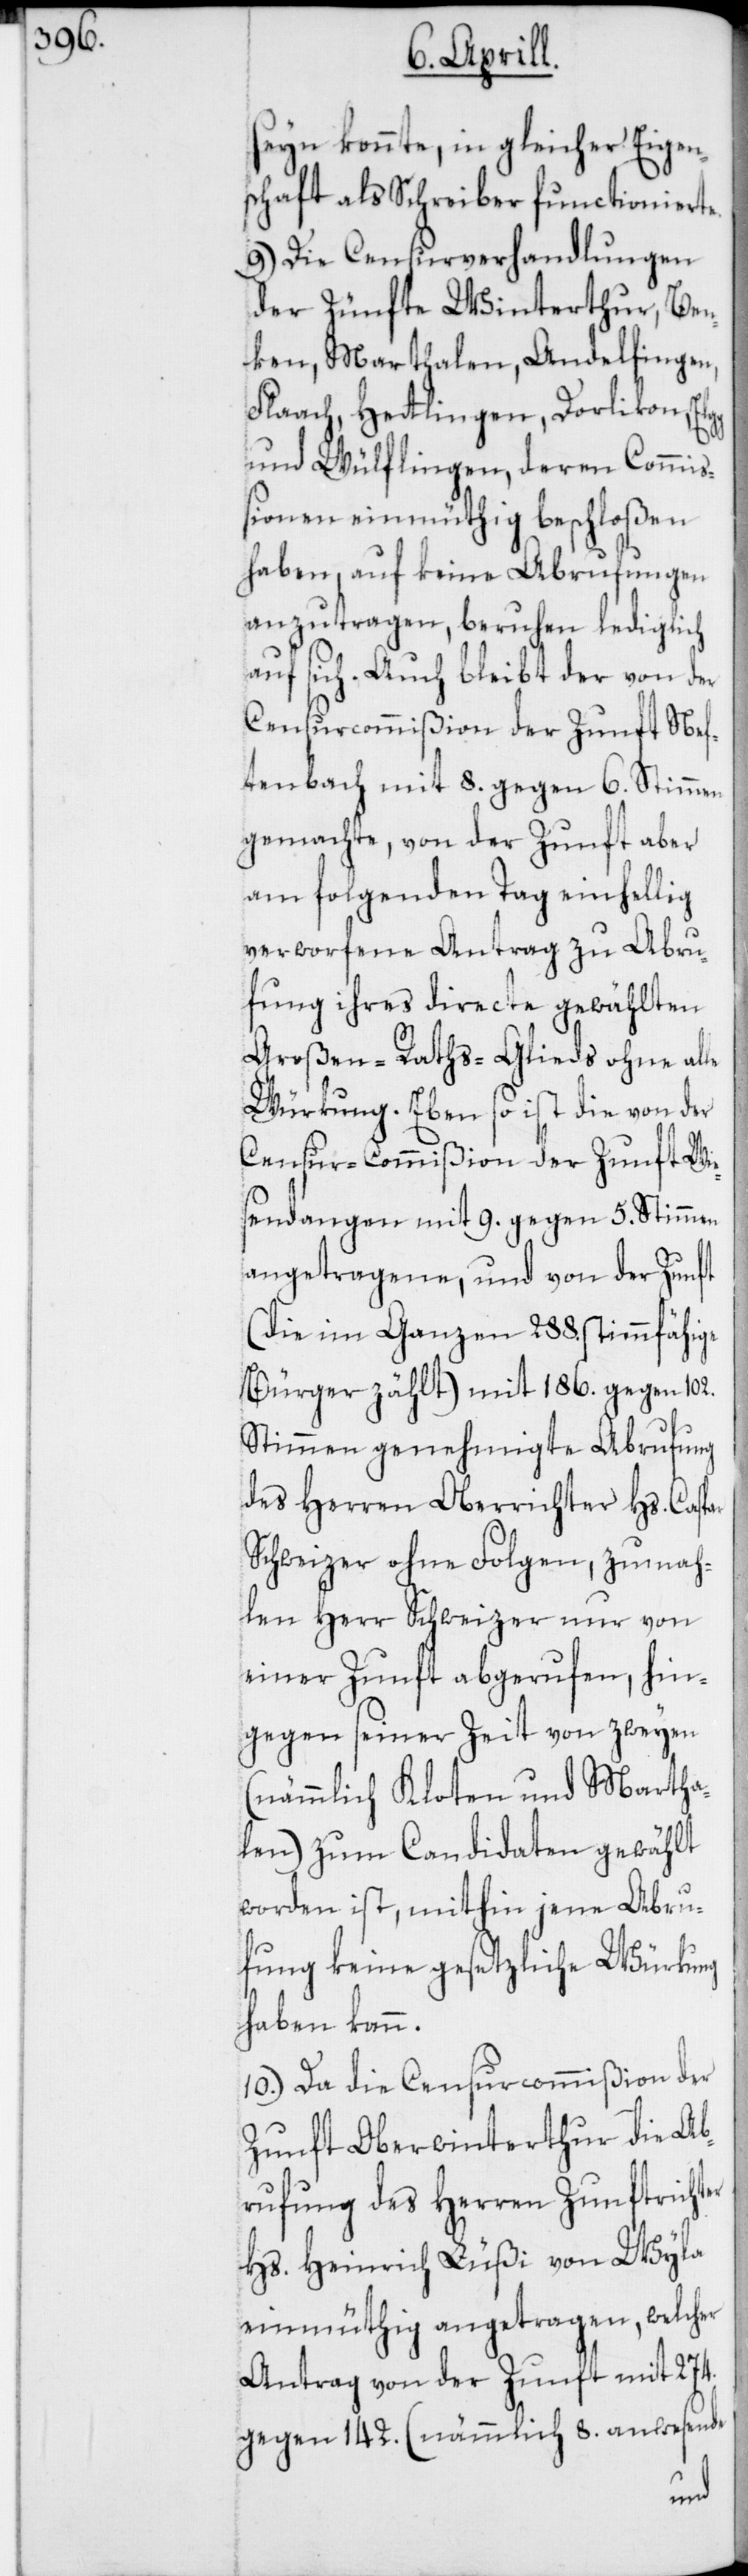
seyn konnte, in gleicher Eigen¬
schaft als Schreiber functionierte.
9.) Die Censurverhandlungen
der Zünfte Winterthur, Ben¬
ken, Marthalen, Andelfingen,
Flaach, Hetlingen, Dorlikon, Elg¬
g und Wülflingen, deren Commiß¬
ionen einmüthig beschloßen
haben, auf keine Abrufungen
anzutragen, beruhen lediglich
auf sich. Auch bleibt der von der
Censurcommißion der Zunft Nef¬
tenbach mit 8. gegen 6. Stimmen
gemachte, von der Zunft aber
am folgenden Tag einhellig
verworfene Antrag zu Abru¬
fung ihres directe gewählten
Großen-Raths-Glieds ohne alle
Würkung. Eben so ist die von der
Censur-Commißion der Zunft Wie¬
sendangen mit 9. gegen 5. Stimmen
angetragene, und von der Zunft
(die im Ganzen 288. stimmfähige
Bürger zählt) mit 186. gegen 102.
Stimmen genehmigte Abrufung
des Herren Oberrichter Hs. Caspar
Schweizer ohne Folgen, zumah¬
len Herr Schweizer nur von
einer Zunft abgerufen, hin¬
gegen seiner Zeit von zweyen
(nämmlich Kloten und Martha¬
len) zum Candidaten gewählt
worden ist, mithin jene Abru¬
fung keine gesetzliche Würkung
haben kann.
10.) Da die Censurcommißion der
Zunft Oberwinterthur die Ab¬
rufung des Herren Zunftrichter
Hs. Heinrich Lüßi von Wyla
einmüthig angetragen, welcher
Antrag von der Zunft mit 274.
gegen 142. (nämmlich 8. anwesende